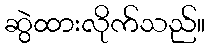
ဆွဲထားလိုက်သည်။